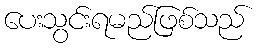
ပေးသွင်းရမည်ဖြစ်သည်